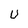
Character: U